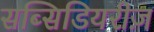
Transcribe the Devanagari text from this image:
सब्सिडियरीज़